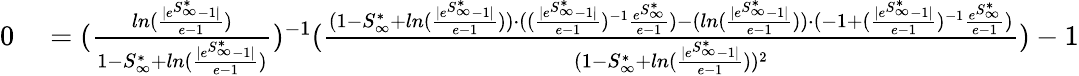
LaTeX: \begin{array}{rl}{0}&{{}=(\frac{ln(\frac{|e^{S_{\infty}^{*}}-1|}{e-1})}{1-S_{\infty}^{*}+ln(\frac{|e^{S_{\infty}^{*}}-1|}{e-1})})^{-1}(\frac{(1-S_{\infty}^{*}+ln(\frac{|e^{S_{\infty}^{*}}-1|}{e-1}))\cdot((\frac{|e^{S_{\infty}^{*}}-1|}{e-1})^{-1}\frac{e^{S_{\infty}^{*}}}{e-1})-(ln(\frac{|e^{S_{\infty}^{*}}-1|}{e-1}))\cdot(-1+(\frac{|e^{S_{\infty}^{*}}-1|}{e-1})^{-1}\frac{e^{S_{\infty}^{*}}}{e-1})}{(1-S_{\infty}^{*}+ln(\frac{|e^{S_{\infty}^{*}}-1|}{e-1}))^{2}})-1}\end{array}